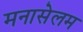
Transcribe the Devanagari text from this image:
मनासेलम